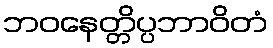
ဘဝနေတ္တိပ္ပဘာဝိတံ